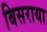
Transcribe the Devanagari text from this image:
बिसराया